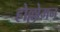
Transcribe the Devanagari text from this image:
होल्लोमन